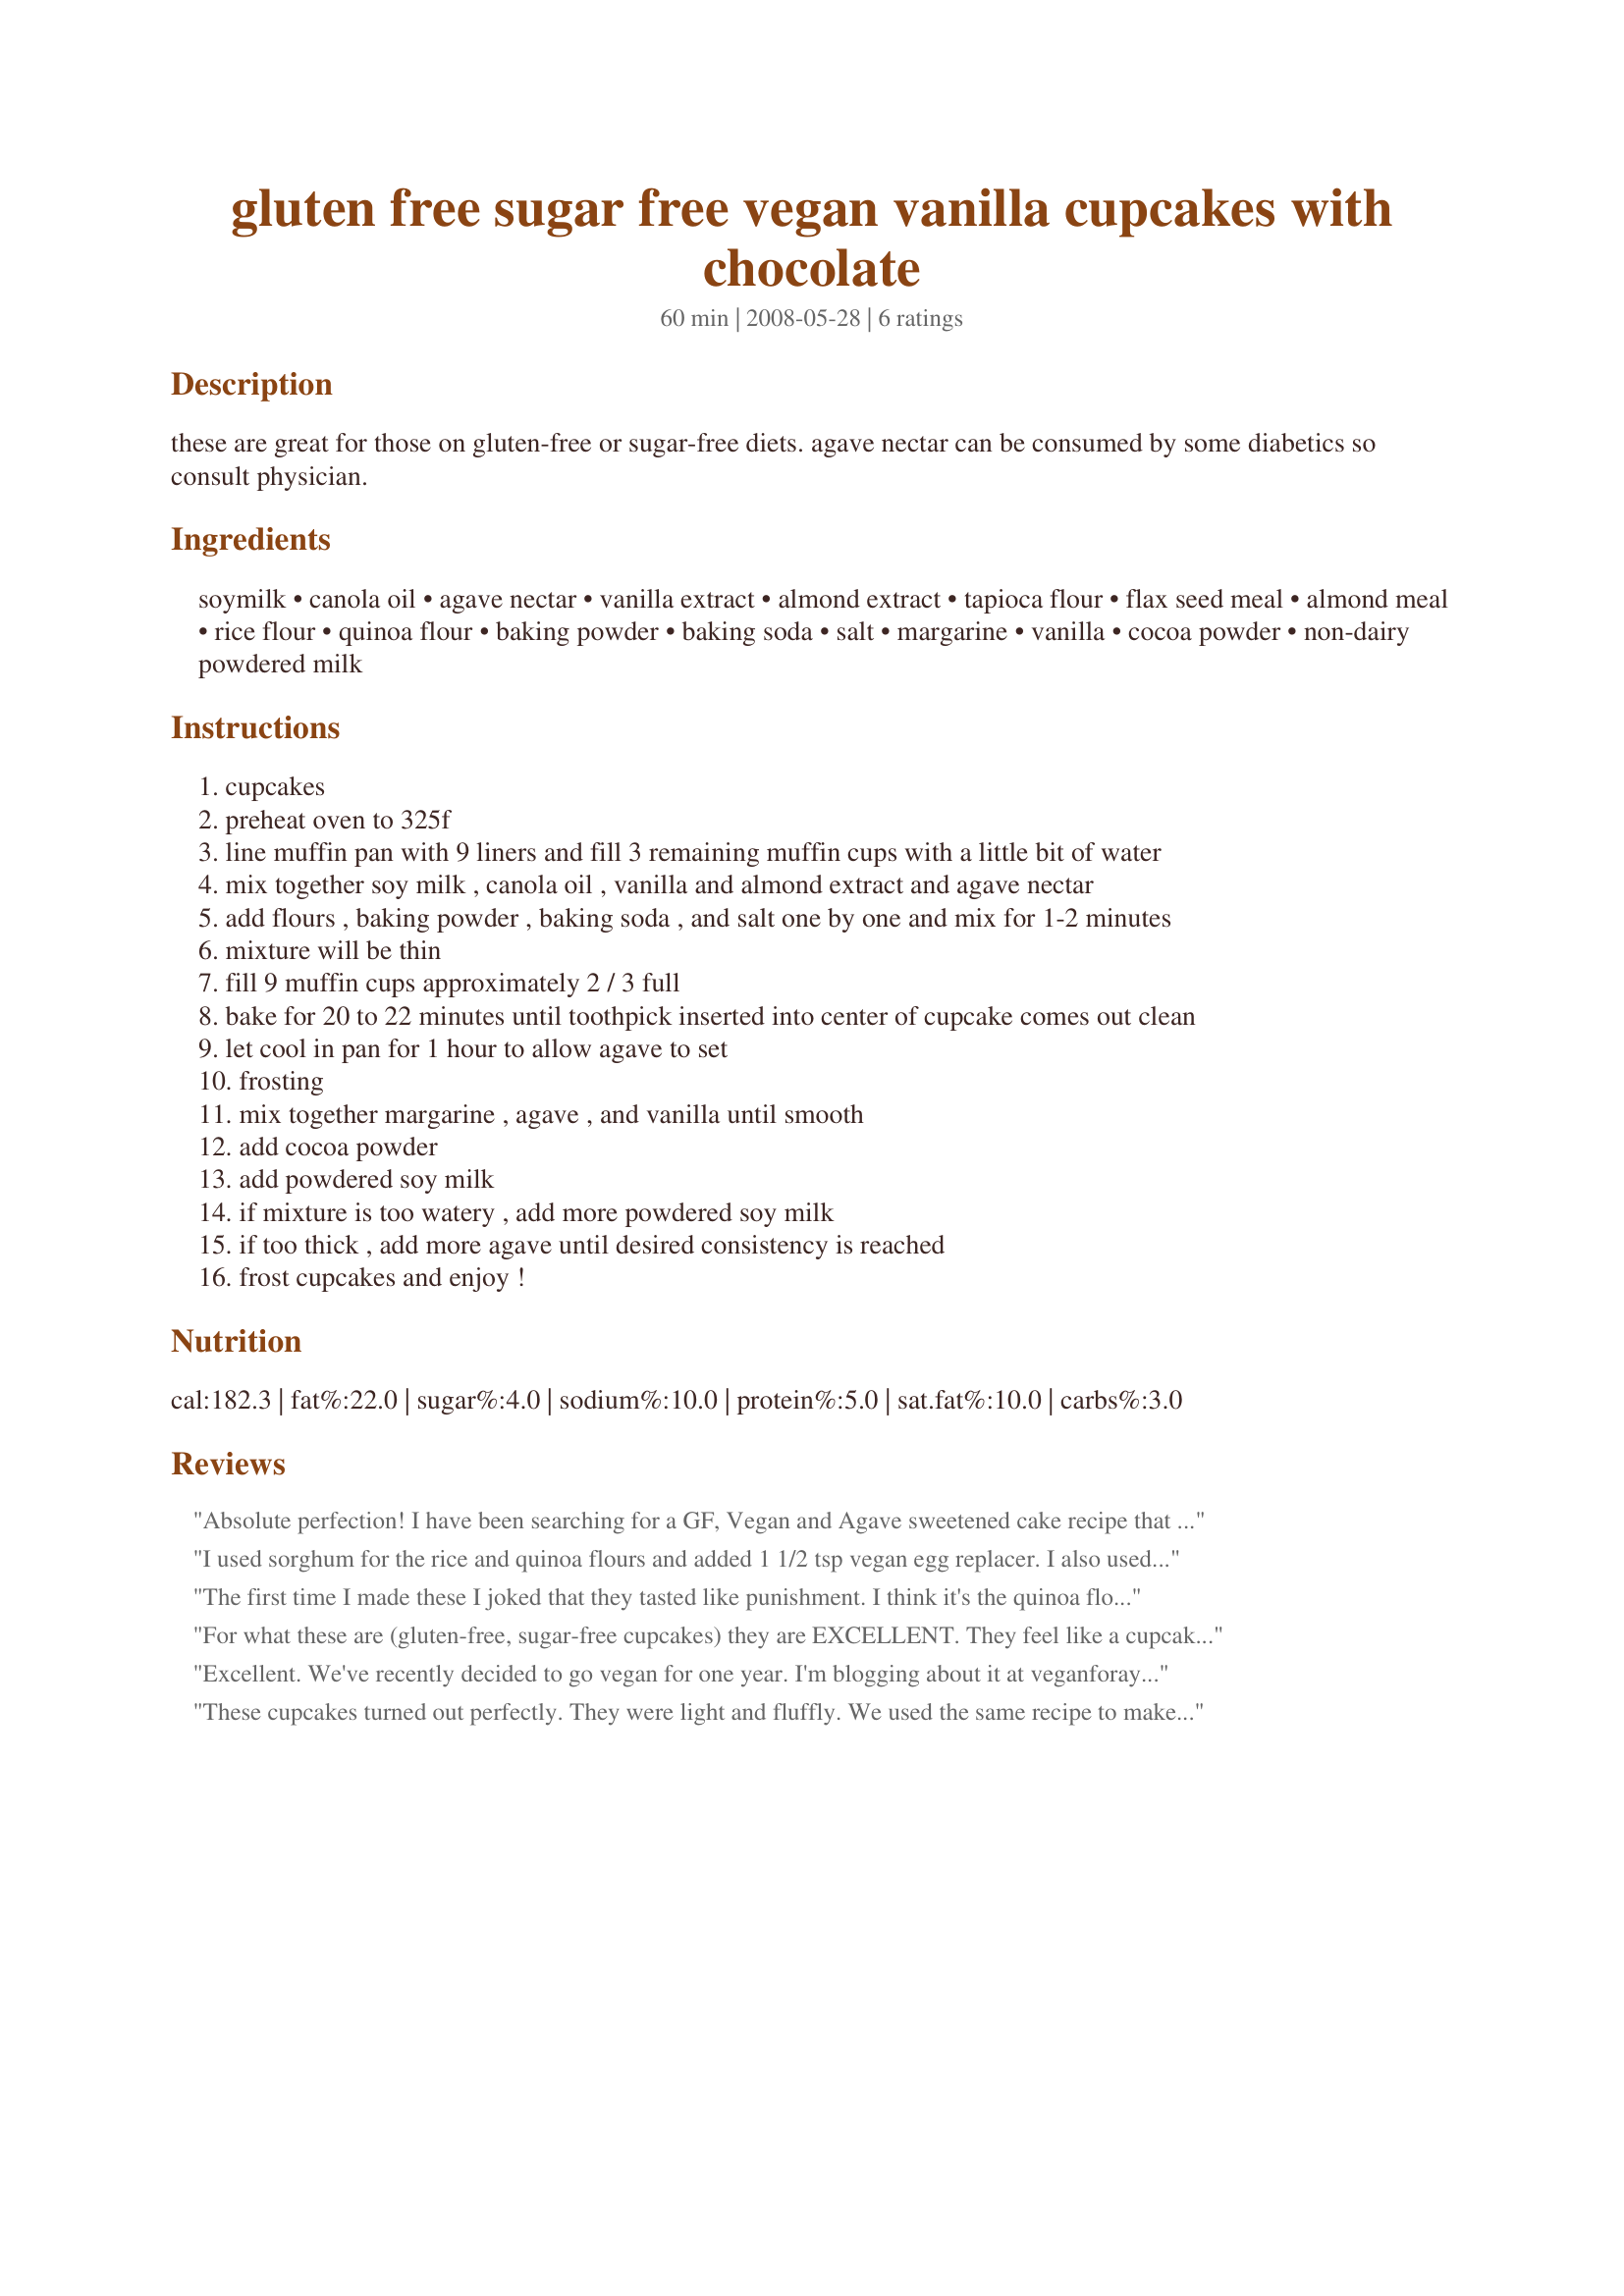
gluten free sugar free vegan vanilla cupcakes with chocolate
Preparation time: 60 minutes

these are great for those on gluten-free or sugar-free diets. agave nectar can be consumed by some diabetics so consult physician.

Ingredients:
soymilk, canola oil, agave nectar, vanilla extract, almond extract, tapioca flour, flax seed meal, almond meal, rice flour, quinoa flour, baking powder, baking soda, salt, margarine, vanilla, cocoa powder, non-dairy powdered milk

Steps:
cupcakes
preheat oven to 325f
line muffin pan with 9 liners and fill 3 remaining muffin cups with a little bit of water
mix together soy milk , canola oil , vanilla and almond extract and agave nectar
add flours , baking powder , baking soda , and salt one by one and mix for 1-2 minutes
mixture will be thin
fill 9 muffin cups approximately 2 / 3 full
bake for 20 to 22 minutes until toothpick inserted into center of cupcake comes out clean
let cool in pan for 1 hour to allow agave to set
frosting
mix together margarine , agave , and vanilla until smooth
add cocoa powder
add powdered soy milk
if mixture is too watery , add more powdered soy milk
if too thick , add more agave until desired consistency is reached
frost cupcakes and enjoy !

Reviews:
Absolute perfection! I have been searching for a GF, Vegan and Agave sweetened cake recipe that works. I found some, but none actually had the look, mouth feel and texture or a regular cake. That was until I found this recipe. Thank You!
CookiesCupcakes please send me any recipes that you have!
I used sorghum for the rice and quinoa flours and added 1 1/2 tsp vegan egg replacer. I also used honey, but think it came out too sweet, so would use 2/3 cup and try a little more baking powder. I like that it doesn't use butter/margarine. I filled the cups full and they spread out at the top, so next time I will fill them 3/4 full. The almond flavor was a bit strong (think I put more than 1/4 tsp in) so I might try taking it out. I think this WOULD be a good pancake recipe. I'll have to try. I didn't use the frosting, as I already had some made up from another batch. I also used rice milk.
The first time I made these I joked that they tasted like punishment. I think it's the quinoa flour taste I don't like. But the frosting was aaaamaaaazzzing, only it turned out too soft and when I tried thickening it with soy powder it changed the taste/consistency. I could never get it quite right. That said, I am happy that there is an option for a gluten-free, sugar free and vegan cupcake. I would make it again, but not too often.
For what these are (gluten-free, sugar-free cupcakes) they are EXCELLENT. They feel like a cupcake (perhaps a bit more spongy), which is so rare. My blood sugar levels are really sensitive to sugar, and my friend is celiac, so this was an excellent recipe for us! Thanks for posting.
Excellent. We've recently decided to go vegan for one year. I'm blogging about it at veganforayear.com.<br/><br/>My mother-in-law is also in town for Christmas, and she's gluten intolerant.<br/><br/>So these cupcakes were great. I wouldn't even say, they're good considering. They're just good. With recipes like these maybe we'll continue to be vegan after the year.
These cupcakes turned out perfectly. They were light and fluffly. We used the same recipe to make pancakes this morning (without the icing) and they were awesome :)
